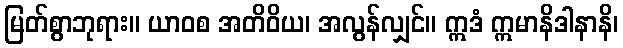
မြတ်စွာဘုရား။ ယာဝစ အတိဝိယ၊ အလွန်လျှင်။ ဣဒံ ဣမာနိဒါနာနိ၊